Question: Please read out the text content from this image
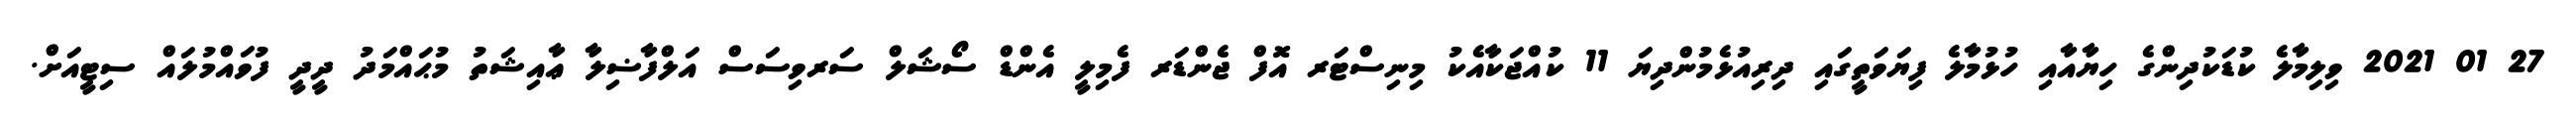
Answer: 27 01 2021 ވިލިމާލެ ކުޑަކުދިންގެ ހިޔާއާއި ހުޅުމާލެ ފިޔަވަތީގައި ދިރިއުޅެމުންދިޔަ 11 ކުއްޖަކާއެކު މިނިސްޓަރ އޮފް ޖެންޑަރ ފެމިލީ އެންޑް ސޯޝަލް ސަރވިސަސް އަލްފާޟިލާ ޢާއިޝަތު މުޙައްމަދު ދީދީ ފުވައްމުލައް ސިޓީއަށް.